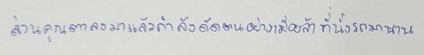
ส่วนคุณตาลงมาแล้วกำลังดัดตนอย่างเมื่อยล้าที่นั่งรถมานาน